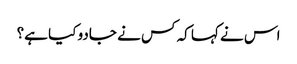
اس نے کہا کہ کس نے جادو کیا ہے؟